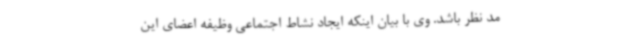
مد نظر باشد. وی با بیان اینکه ایجاد نشاط اجتماعی وظیفه اعضای این